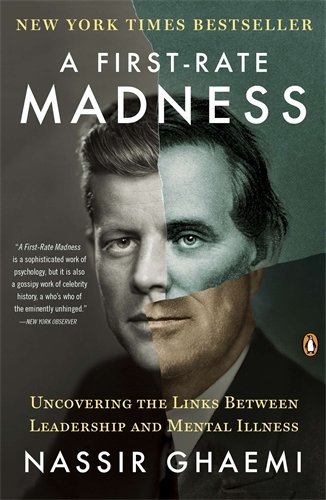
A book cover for A First-Rate Madness: Uncovering the Links Between Leadership and Mental Illness; Nassir Ghaemi; Medical Books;